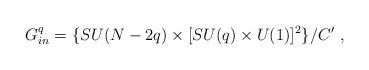
LaTeX: \begin{align*}G_{in}^q = \{ SU(N-2q)\times [SU(q)\times U(1)]^2 \} /C' \ , \end{align*}